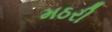
મઠરી